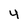
Character: 4